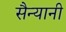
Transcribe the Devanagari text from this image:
सैन्यानी